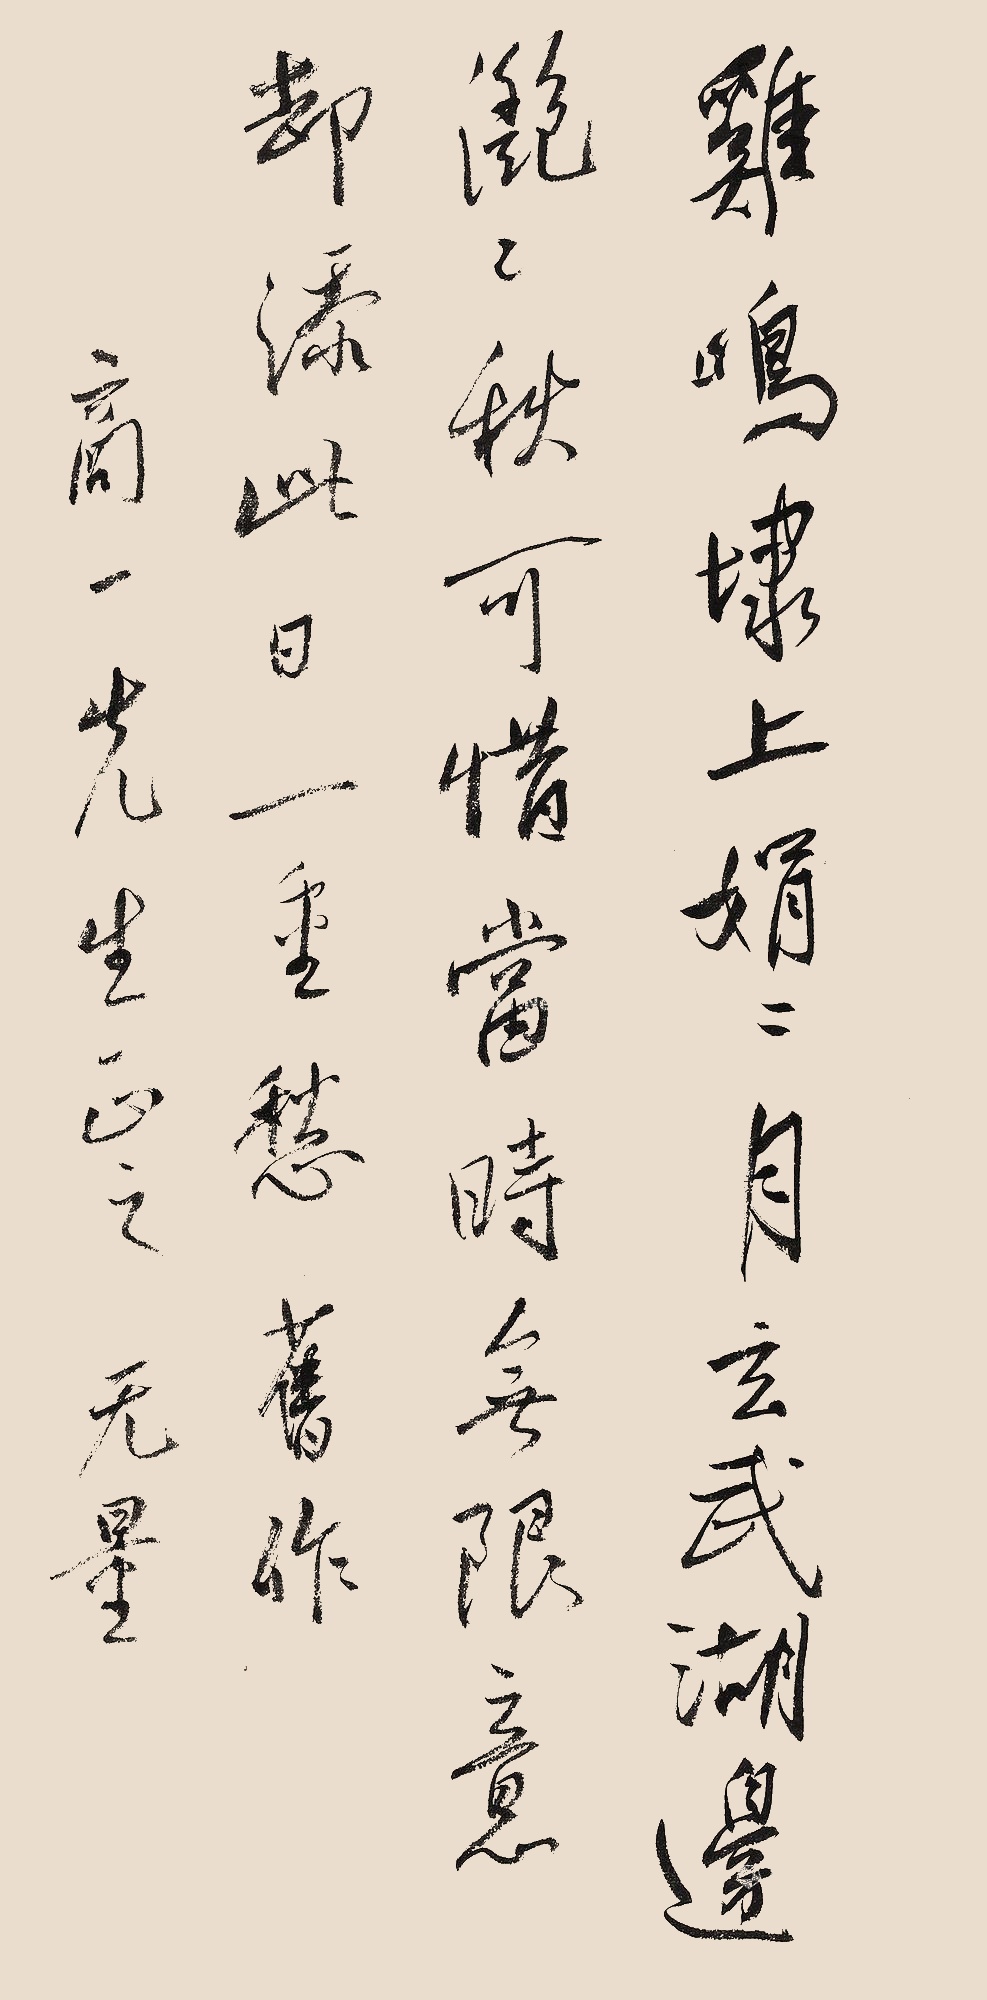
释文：鸡鸣埭上娟娟月，玄武湖边灔灔秋。可惜当时无限意，却添此日一重愁。旧作，商一先生正之，无量。